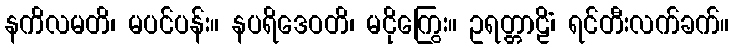
နကိလမတိ၊ မပင်ပန်း။ နပရိဒေဝတိ၊ မငိုကြွေး။ ဥရတ္တာဠိံ၊ ရင်တီးလက်ခက်။